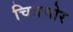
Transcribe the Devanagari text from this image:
चित्रचोर